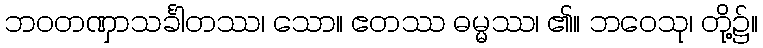
ဘဝတဏှာသင်္ခါတဿ၊ သော။ ဧတဿ ဓမ္မဿ၊ ၏။ ဘဝေသု၊ တို့၌။